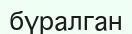
бүралган